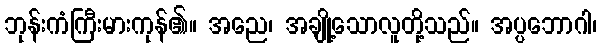
ဘုန်းကံကြီးမားကုန်၏။ အညေ၊ အချို့သောလူတို့သည်။ အပ္ပဘောဂါ၊